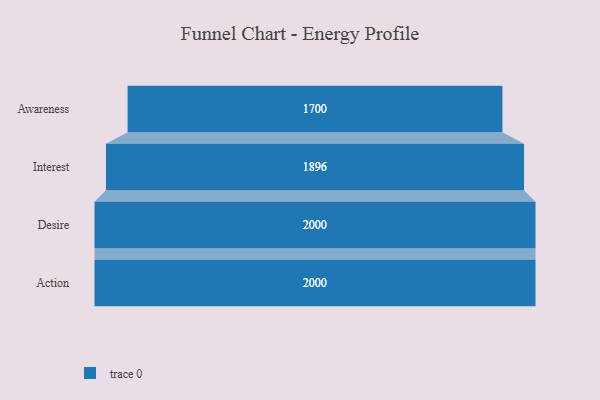
{"axis": {"x": "Stage", "y": "Value"}, "legend": [""], "data": [{"x": "Awareness", "y": 1700.0, "type": ""}, {"x": "Interest", "y": 1896.0, "type": ""}, {"x": "Desire", "y": 2000, "type": ""}, {"x": "Action", "y": 2000, "type": ""}]}